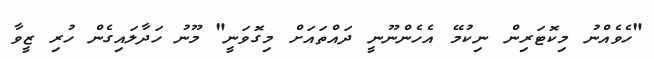
"ހެވެއްނު މިކޮޓަރިން ނިކުމޭ އެހެންނޫނީ ދައްތައަށް މިގޮވަނީ" މޫނު ހަދާލައިގެން ހުރި ޒީވާ